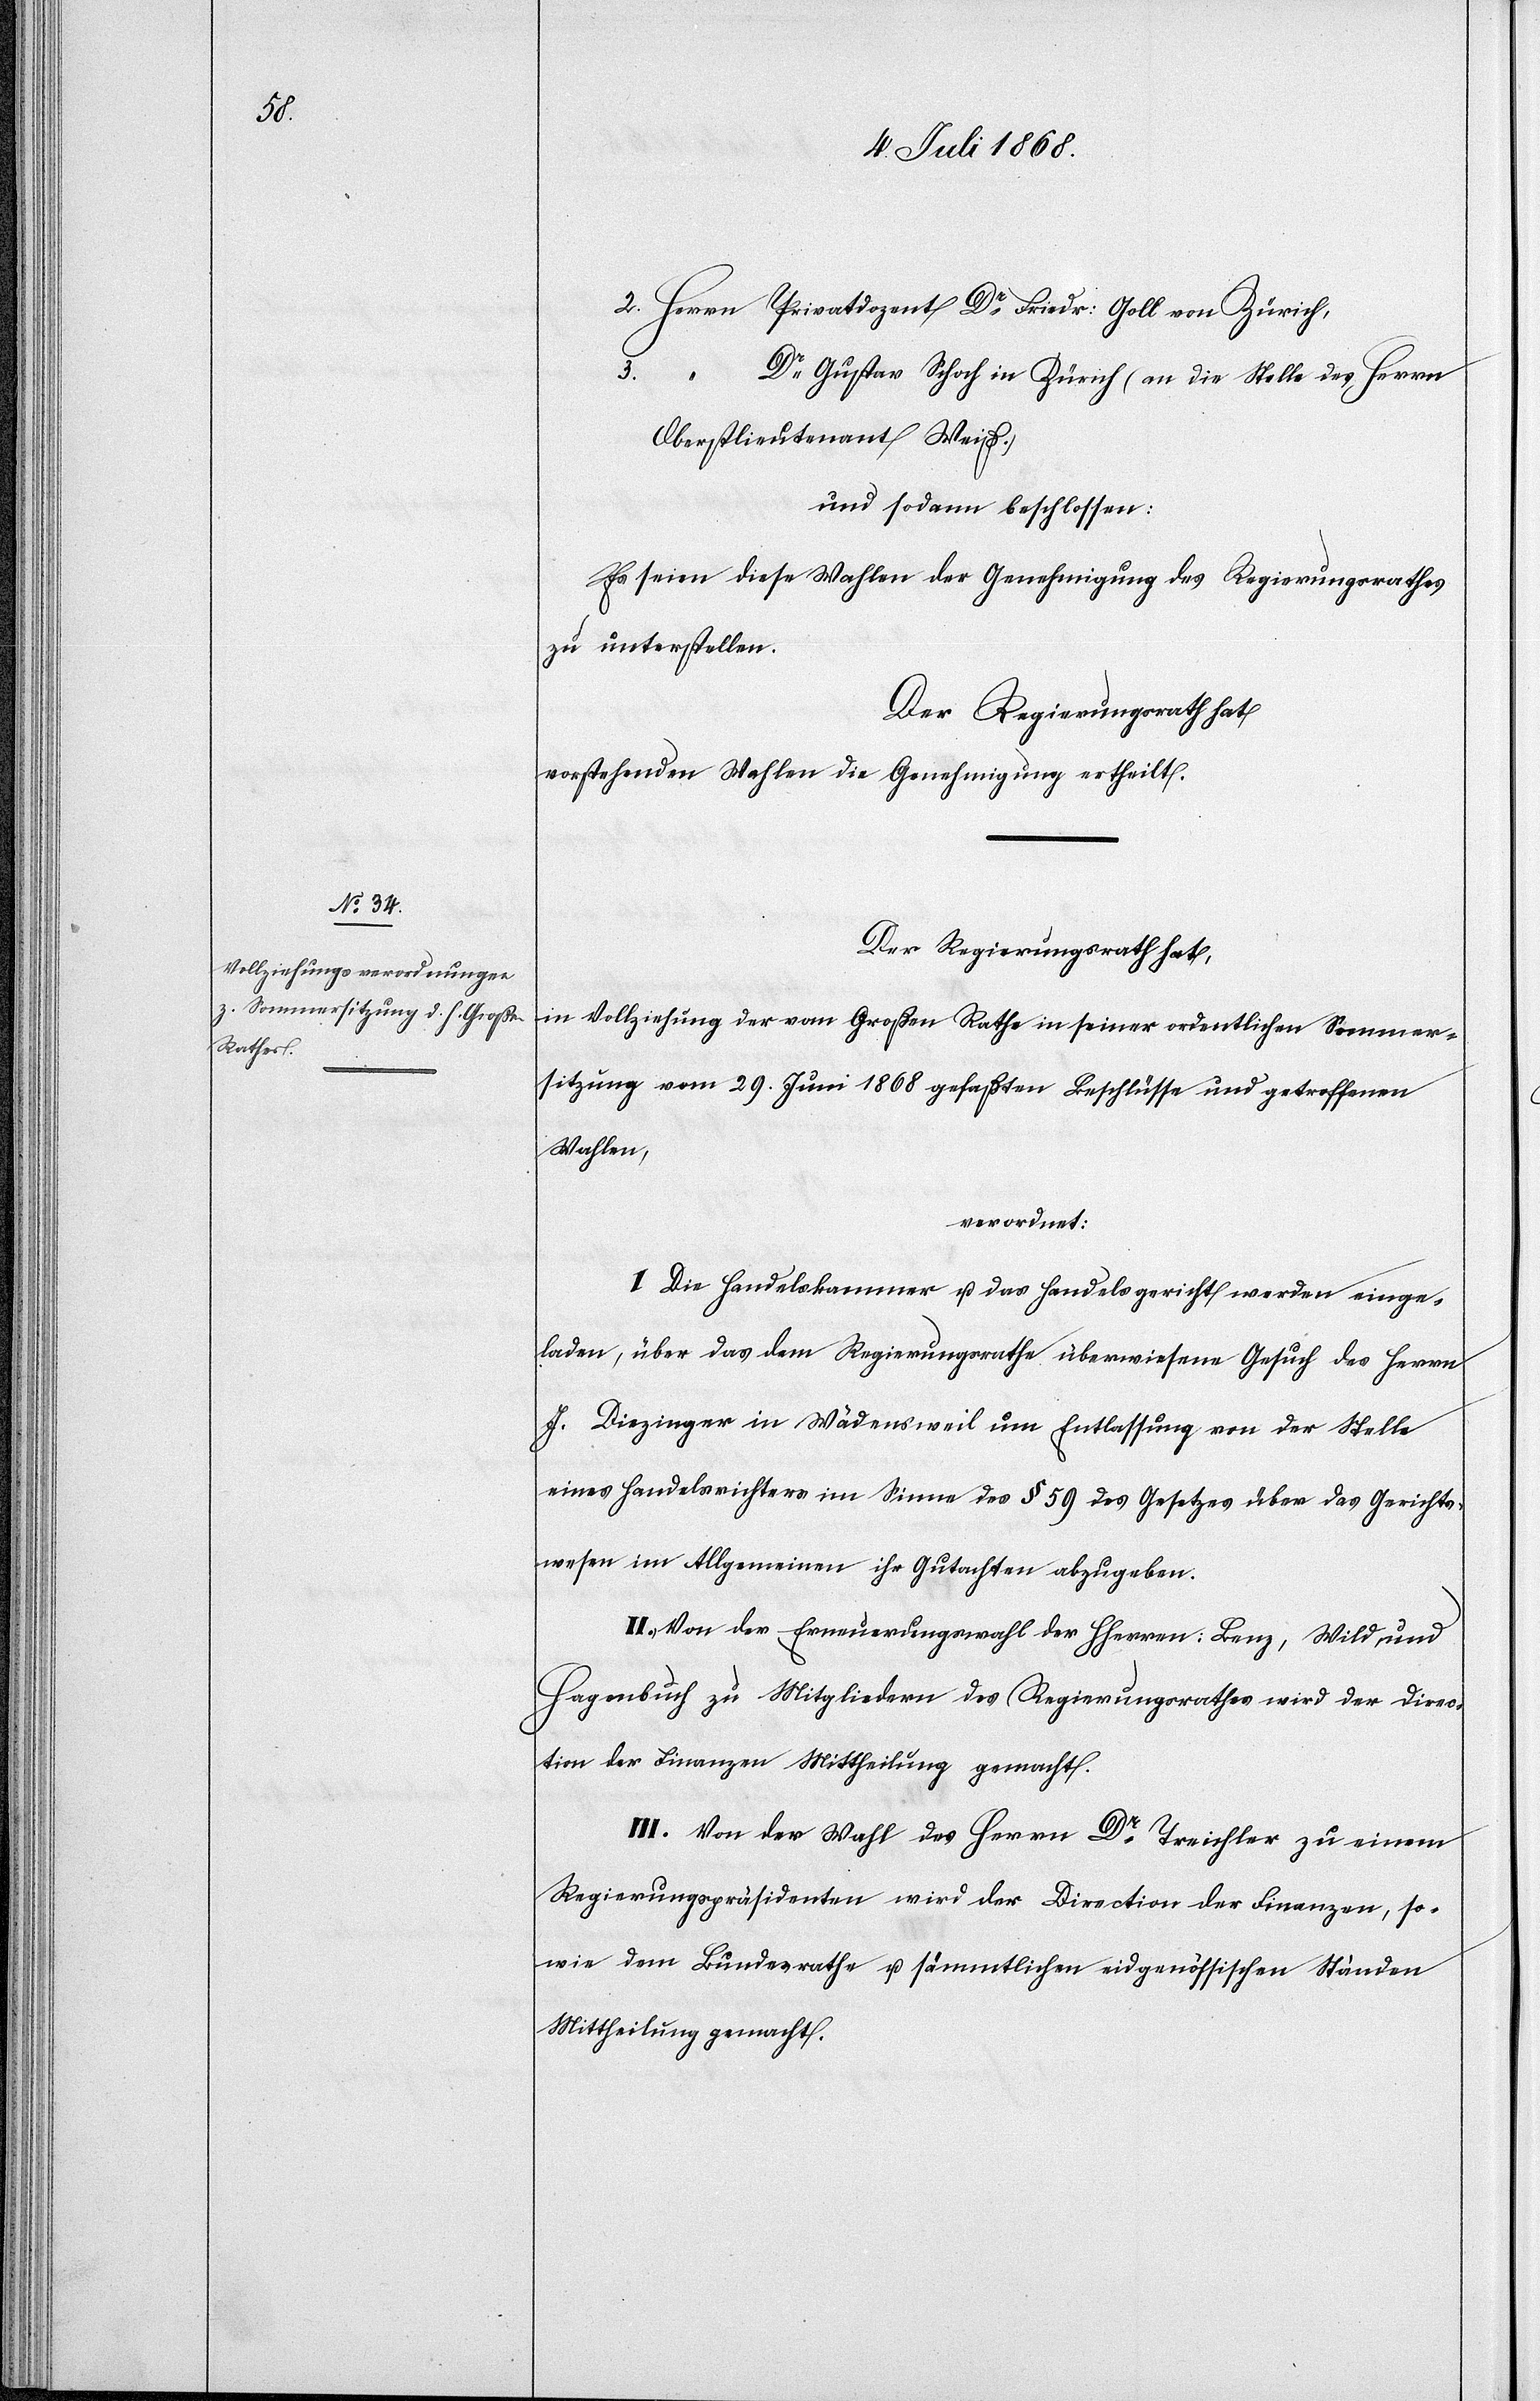
2. Herrn Privatdozent Dr Friedr: Goll von Zürich,
3. “ Dr Gustav Schoch in Zürich (an die Stelle des Herrn
Oberstlieutenant Weiß.)
und sodann beschlossen:
Es seien diese Wahlen der Genehmigung des Regierungsrathes
zu unterstellen.
Der Regierungsrath hat
vorstehenden Wahlen die Genehmigung ertheilt.
Der Regierungsrath hat,
in Vollziehung der vom Großen Rathe in seiner ordentlichen Sommer¬
sitzung vom 29. Juni 1868 gefaßten Beschlüsse und getroffenen
Wahlen,
verordnet:
I. Die Handelskammer u. das Handelsgericht werden einge¬
laden, über das dem Regierungsrathe überwiesene Gesuch des Herrn
J. Diezinger in Wädensweil um Entlassung von der Stelle
eines Handelsrichters im Sinne des § 59 des Gesetzes über das Gerichts¬
wesen im Allgemeinen ihr Gutachten abzugeben.
II. Von der Erneuerungswahl der HHerren: Benz, Wild und
Hagenbuch zu Mitgliedern des Regierungsrathes wird der Direc¬
tion der Finanzen Mittheilung gemacht.
III. Von der Wahl des Herrn Dr Treichler zu einem
Regierungspräsidenten wird der Direction der Finanzen, so¬
wie dem Bundesrathe u. sämmtlichen eidgenössischen Ständen
Mittheilung gemacht.